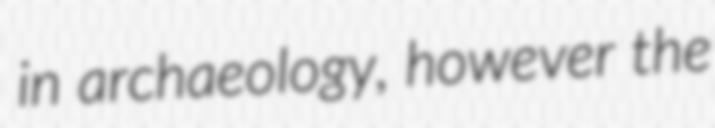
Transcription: in archaeology, however the